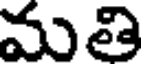
మతి